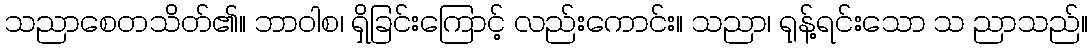
သညာစေတသိတ်၏။ ဘာဝါစ၊ ရှိခြင်းကြောင့် လည်းကောင်း။ သညာ၊ ရုန့်ရင်းသော သ ညာသည်။